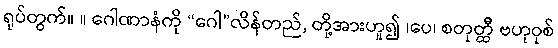
ရုပ်တွက်။ ။ ဂေါဏာနံကို “ဂေါ”လိန်တည်, တို့အားဟူ၍ ၊ပေ၊ စတုတ္ထီ ဗဟုဝုစ်